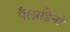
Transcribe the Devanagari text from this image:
पैलाडिनो